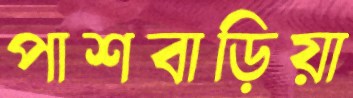
পাশবাড়িয়া